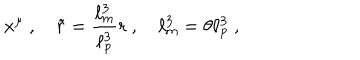
x ^ { \mu } \ , \quad \tilde { r } = \frac { \ell _ { \mathrm { m } } ^ { 3 } } { \ell _ { \mathrm { p } } ^ { 3 } } r \ , \quad \ell _ { \mathrm { m } } ^ { 3 } = \theta \ell _ { \mathrm { p } } ^ { 3 } \ ,